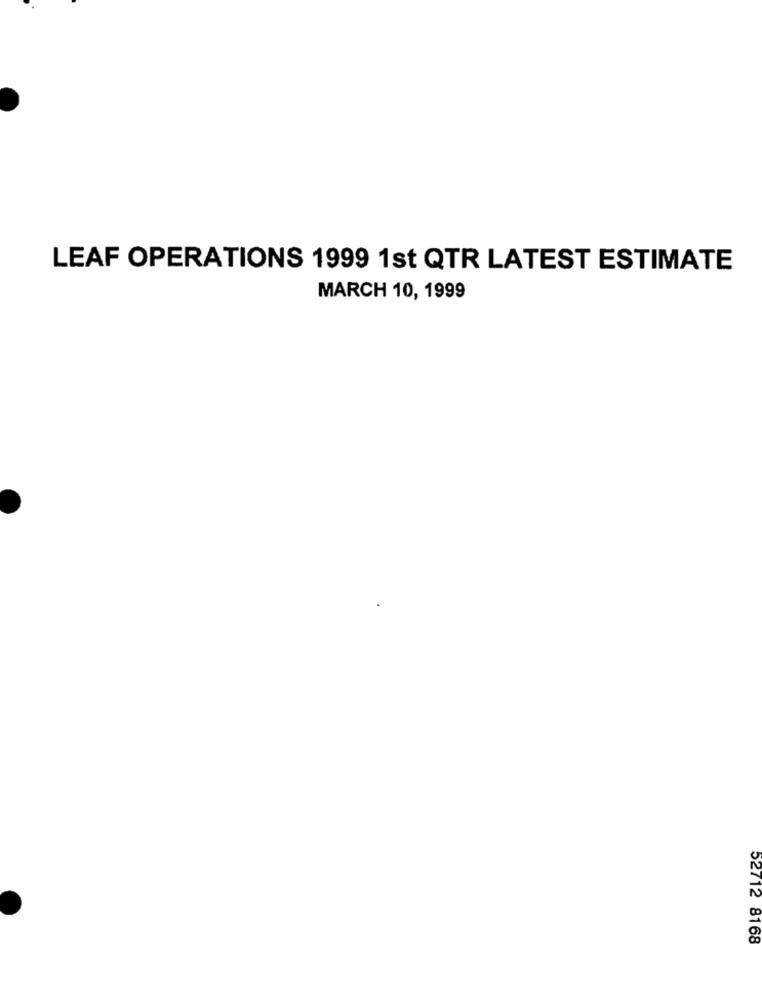
LEAF OPERATIONS 1999 1st QTR LATEST ESTIMATE
MARCH 10, 1999
52712 8168